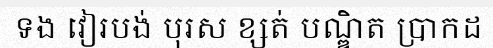
ទង វៀរបង់ បុរស ខ្សត់ បណ្ឌិត ប្រាកដ